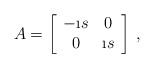
LaTeX: \begin{align*}A=\left[\begin{array}{cc} -\i s&0\\ 0&\i s\end{array}\right]\, ,\end{align*}